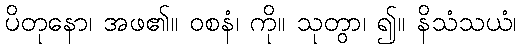
ပိတုနော၊ အဖ၏။ ဝစနံ၊ ကို။ သုတွာ၊ ၍။ နိသံသယံ၊